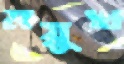
ময়ুখ